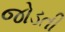
જોડતી